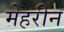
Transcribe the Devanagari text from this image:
मेहरीन